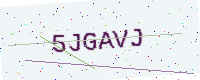
Text: 5JGAVJ